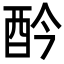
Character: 𨟹